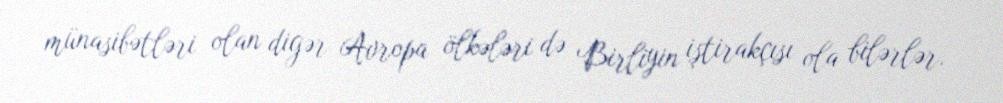
münasibətləri olan digər Avropa ölkələri də Birliyin iştirakçısı ola bilərlər.